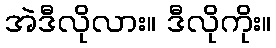
အဲဒီလိုလား။ ဒီလိုကိုး။